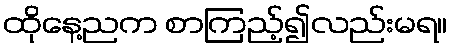
ထိုနေ့ညက စာကြည့်၍လည်းမရ။